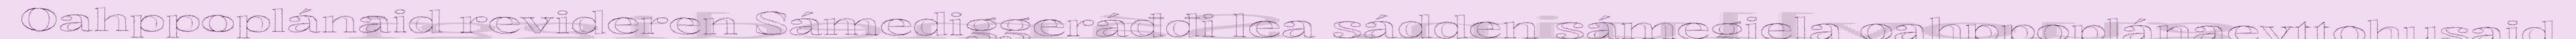
Oahppoplánaid revideren Sámediggeráđđi lea sádden sámegiela oahppoplánaevttohusaid